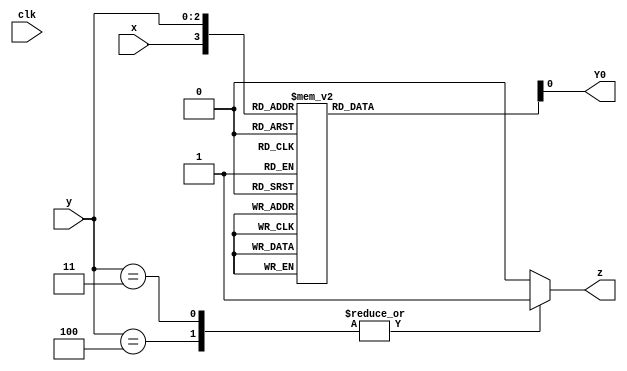
/*

Copyright 2022 Marc Ketel
SPDX-License-Identifier: Apache-2.0

*/

`default_nettype none

module top_module (
    input wire clk,
    input wire [2:0] y,
    input wire x,
    output wire Y0,
    output reg z
);

  parameter STATE_000 = 3'b000;
  parameter STATE_001 = 3'b001;
  parameter STATE_010 = 3'b010;
  parameter STATE_011 = 3'b011;
  parameter STATE_100 = 3'b100;

  wire [2:0] state;
  reg  [2:0] next_state;

  assign state = y;
  assign Y0 = next_state[0];

  //Determine next state.
  always @(*) begin
    case ({
      x, state
    })
      {1'b0, STATE_000} : next_state = STATE_000;
      {1'b1, STATE_000} : next_state = STATE_001;
      {1'b0, STATE_001} : next_state = STATE_001;
      {1'b1, STATE_001} : next_state = STATE_100;
      {1'b0, STATE_010} : next_state = STATE_010;
      {1'b1, STATE_010} : next_state = STATE_001;
      {1'b0, STATE_011} : next_state = STATE_001;
      {1'b1, STATE_011} : next_state = STATE_010;
      {1'b0, STATE_100} : next_state = STATE_011;
      {1'b1, STATE_100} : next_state = STATE_100;
      default: next_state = STATE_000;
    endcase
  end

  //Determine output.
  always @(*) begin
    case (state)
      STATE_011, STATE_100: z = 1'b1;
      default: z = 1'b0;
    endcase
  end
endmodule